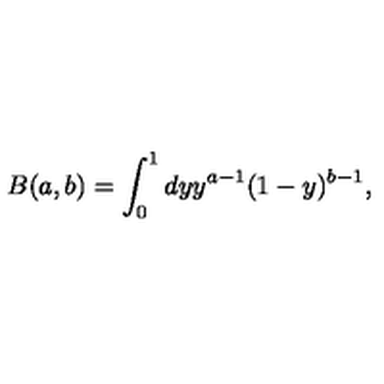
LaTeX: B ( a , b ) = \int _ { 0 } ^ { 1 } d y y ^ { a - 1 } ( 1 - y ) ^ { b - 1 } ,